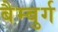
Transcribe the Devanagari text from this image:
बैम्बुर्ग